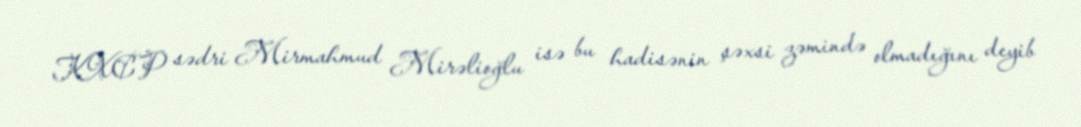
KXCP sədri Mirmahmud Mirəlioğlu isə bu hadisənin şəxsi zəmində olmadığını deyib